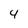
Character: 4